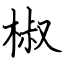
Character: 椒